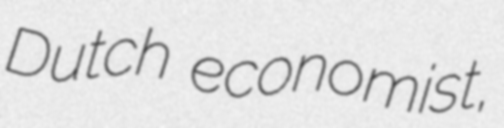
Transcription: Dutch economist,